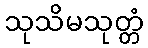
သုသိမသုတ္တံ